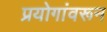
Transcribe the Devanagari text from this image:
प्रयोगांवरून